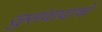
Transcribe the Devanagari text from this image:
सुसंवादाचे